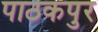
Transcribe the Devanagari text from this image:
पाठकपुर